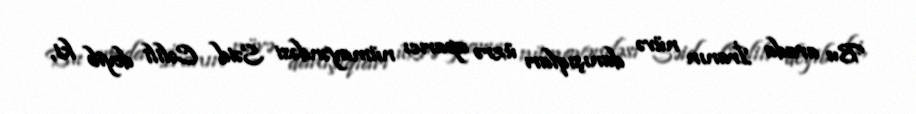
Bu arada İranın nüvə danışıqları üzrə aparıcı nümayəndəsi Səid Cəlili deyib ki,